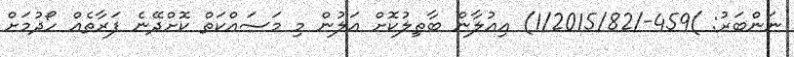
ނަންބަރު: )459-/1/2015/82) އިޢުލާން ބާޠިލުކޮށް އަލުން މި މަސައްކަތް ކޮށްދޭނެ ފަރާތެއް ހޯދުމަށް